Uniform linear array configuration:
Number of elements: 16
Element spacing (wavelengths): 0.5
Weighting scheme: binomial
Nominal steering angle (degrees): -60
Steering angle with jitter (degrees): -58.973
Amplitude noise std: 0.05
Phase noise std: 0.05

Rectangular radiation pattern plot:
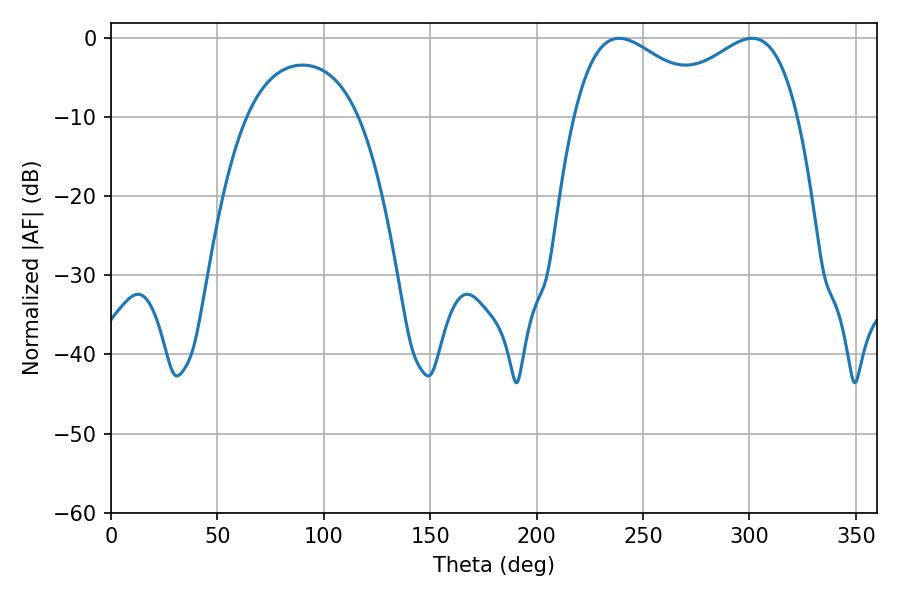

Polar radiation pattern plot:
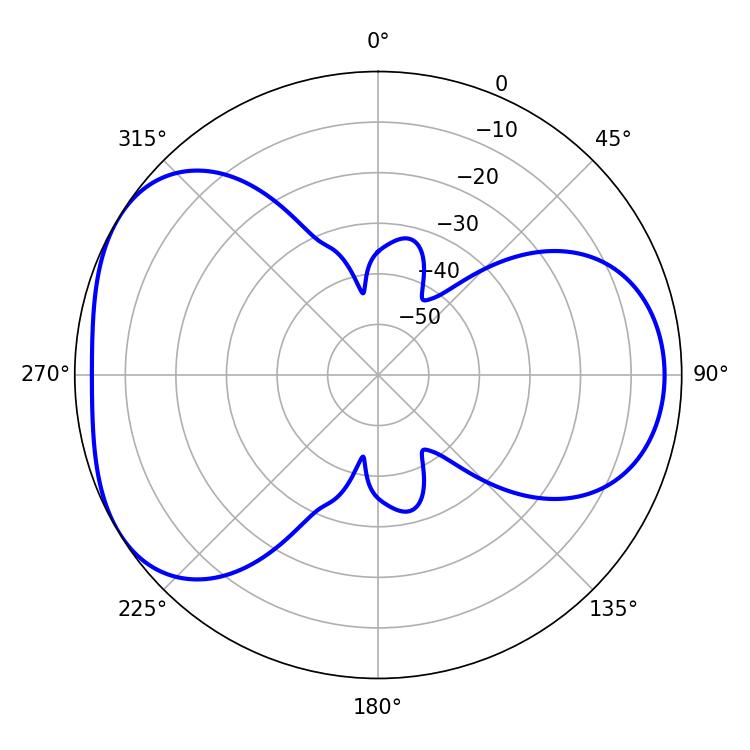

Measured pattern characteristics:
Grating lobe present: FALSE
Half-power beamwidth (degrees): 36.54
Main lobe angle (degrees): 238.68